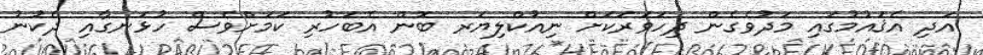
އަދި އެޤައުމުގައި މަދުވެގެން ދިހަވަރަކަށް ނިއުކްލިޔަރ ބޮން އެބަހުރި ކަމަށްވެސް ހުޅަނގާއި ދެކުނު